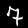
Label: 7